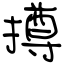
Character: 撙